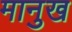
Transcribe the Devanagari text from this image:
मानुख